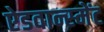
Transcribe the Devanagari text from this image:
ऐडवान्स्मेंट